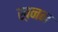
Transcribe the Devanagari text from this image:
ख़नन